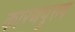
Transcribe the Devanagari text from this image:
कारणपुरुष